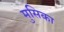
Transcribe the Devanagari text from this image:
मुसिका